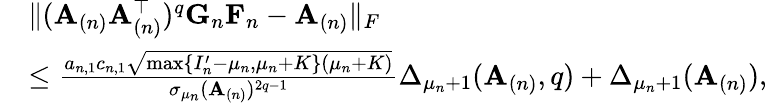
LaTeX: \begin{array}{rl}&{\| (\mathbf{A}_{(n)}\mathbf{A}_{(n)}^{\top})^{q}\mathbf{G}_{n}\mathbf{F}_{n}-\mathbf{A}_{(n)}\| _{F}}\\ &{\leq\frac{a_{n,1}c_{n,1}\sqrt{\operatorname*{max}\{ I_{n}^{\prime}-\mu_{n},\mu_{n}+K\} (\mu_{n}+K)}}{\sigma_{\mu_{n}}(\mathbf{A}_{(n)})^{2q-1}}\Delta_{\mu_{n}+1}(\mathbf{A}_{(n)},q)+\Delta_{\mu_{n}+1}(\mathbf{A}_{(n)}),}\end{array}